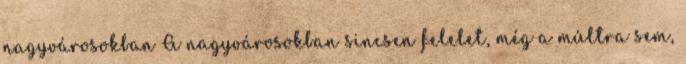
nagyvárosokban A nagyvárosokban sincsen felelet, még a múltra sem,